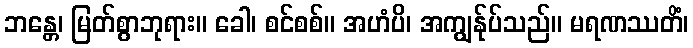
ဘန္တေ၊ မြတ်စွာဘုရား။ ခေါ၊ စင်စစ်။ အဟံပိ၊ အကျွန်ုပ်သည်။ မရဏဿတိံ၊